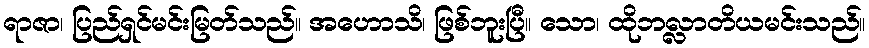
ရာဇာ၊ ပြည်ရှင်မင်းမြတ်သည်။ အဟောသိ၊ ဖြစ်ဘူးပြီ။ သော၊ ထိုဘလ္လာတိယမင်းသည်။